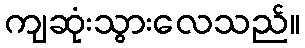
ကျဆုံးသွားလေသည်။